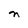
Character: n